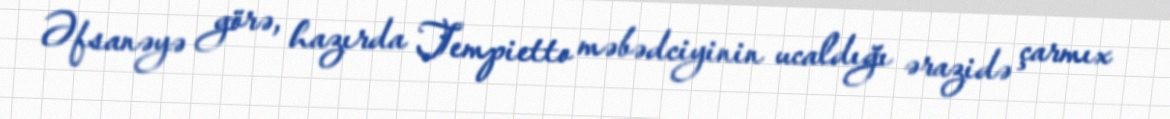
Əfsanəyə görə, hazırda Tempietto məbədciyinin ucaldığı ərazidə çarmıx